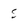
Character: S